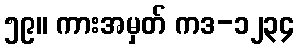
၅၉။ ကားအမှတ် ကဒ-၁၂၃၄